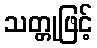
သတ္တုဖြင့်